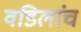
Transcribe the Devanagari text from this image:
वडिलांच